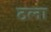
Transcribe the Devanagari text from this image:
ठला